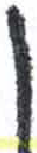
אות: ן